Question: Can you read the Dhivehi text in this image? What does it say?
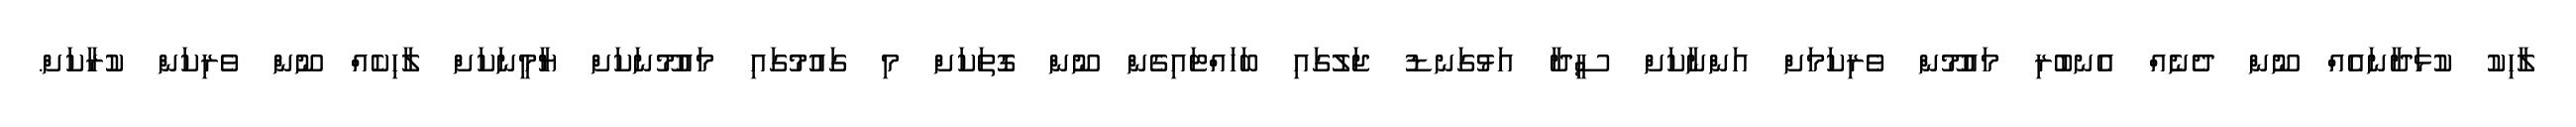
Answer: ލާހިކު ކުޅަދާނައެއް ނޫން ދެނެއް އެނބުރި މައުމޫން ވެރިކަމަށް އަންނާކަށް ސީދާ އަޅުގަނޑު ޖަލުގައި ބަހައްޓައިގެން ނޫން ގޮތަކަށް މި ގައުމުގައި މައުމޫނަކަށް ޔާމީނަކަށް ލާހިކެއް ނޫން ވެރިކަން ކުރާކަށް.